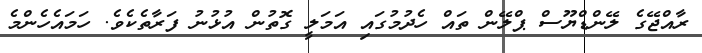
ރާއްޖޭގެ ލޭންޑްޔޫސް ޕްލޭން ތައް ހެދުމުގައި އަމަލީ ގޮތުން އުޅުނު ފަރާތެކެވެ. ހަމައެހެންމެ